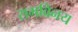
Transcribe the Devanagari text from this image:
रामविनय